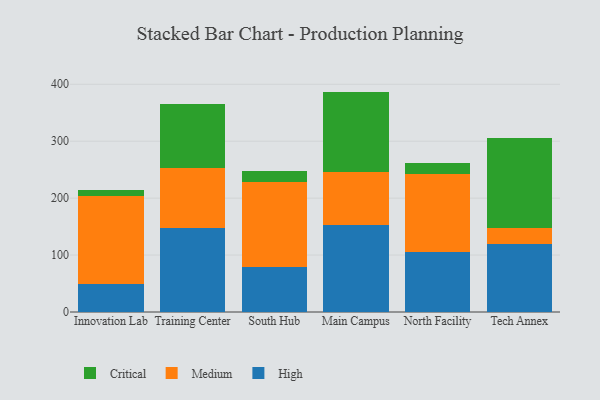
{"axis": {"x": "Campus", "y": "Market Share (%)"}, "legend": ["Critical", "High", "Medium"], "data": [{"x": "Innovation Lab", "y": 48.7, "type": "High"}, {"x": "Innovation Lab", "y": 154.9, "type": "Medium"}, {"x": "Innovation Lab", "y": 10.5, "type": "Critical"}, {"x": "Training Center", "y": 148.2, "type": "High"}, {"x": "Training Center", "y": 104.0, "type": "Medium"}, {"x": "Training Center", "y": 112.8, "type": "Critical"}, {"x": "South Hub", "y": 79.1, "type": "High"}, {"x": "South Hub", "y": 148.6, "type": "Medium"}, {"x": "South Hub", "y": 20.5, "type": "Critical"}, {"x": "Main Campus", "y": 152.2, "type": "High"}, {"x": "Main Campus", "y": 93.4, "type": "Medium"}, {"x": "Main Campus", "y": 141.5, "type": "Critical"}, {"x": "North Facility", "y": 105.7, "type": "High"}, {"x": "North Facility", "y": 136.6, "type": "Medium"}, {"x": "North Facility", "y": 19.9, "type": "Critical"}, {"x": "Tech Annex", "y": 119.2, "type": "High"}, {"x": "Tech Annex", "y": 28.2, "type": "Medium"}, {"x": "Tech Annex", "y": 157.9, "type": "Critical"}]}